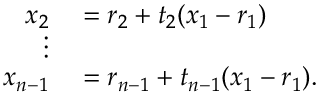
\begin{array} { r l } { x _ { 2 } } & { { } = r _ { 2 } + t _ { 2 } ( x _ { 1 } - r _ { 1 } ) } \\ { \vdots } & { { } } \\ { x _ { n - 1 } } & { { } = r _ { n - 1 } + t _ { n - 1 } ( x _ { 1 } - r _ { 1 } ) . } \end{array}